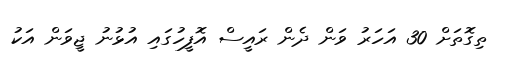
ތިގޮތަށް 30 އަހަރު ވަން ދެން ރައީސް އޮފީހުގައި އުޅުނު ޖީވަން އަކު